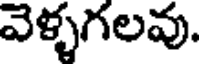
వెళ్ళగలవు.